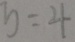
b = 4